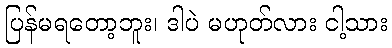
ပြန်မရတော့ဘူး၊ ဒါပဲ မဟုတ်လား ငါ့သား